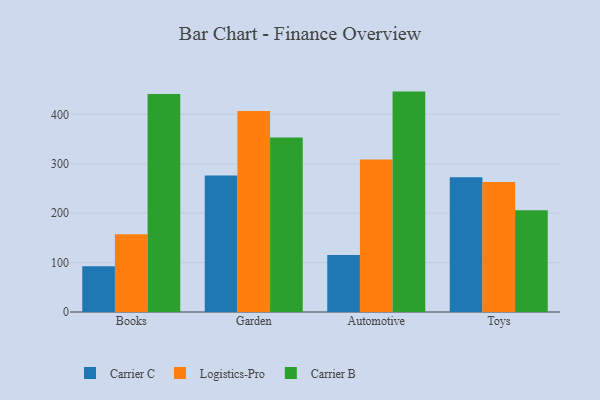
{"axis": {"x": "Category", "y": "Backlog"}, "legend": ["Carrier B", "Carrier C", "Logistics-Pro"], "data": [{"x": "Books", "y": 92.8, "type": "Carrier C"}, {"x": "Books", "y": 157.2, "type": "Logistics-Pro"}, {"x": "Books", "y": 441.0, "type": "Carrier B"}, {"x": "Garden", "y": 276.2, "type": "Carrier C"}, {"x": "Garden", "y": 406.9, "type": "Logistics-Pro"}, {"x": "Garden", "y": 353.0, "type": "Carrier B"}, {"x": "Automotive", "y": 115.4, "type": "Carrier C"}, {"x": "Automotive", "y": 308.6, "type": "Logistics-Pro"}, {"x": "Automotive", "y": 446.0, "type": "Carrier B"}, {"x": "Toys", "y": 272.8, "type": "Carrier C"}, {"x": "Toys", "y": 263.0, "type": "Logistics-Pro"}, {"x": "Toys", "y": 205.7, "type": "Carrier B"}]}